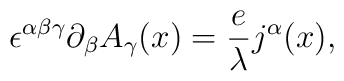
\epsilon^{\alpha\beta\gamma}\partial_{\beta}A_{\gamma}(x)=\frac{e}{\lambda}j^{\alpha}(x),